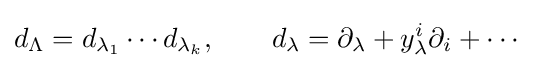
d_{\Lambda }=d_{\lambda _{1}}\cdots d_{\lambda _{k}},\qquad d_{\lambda }=\partial _{\lambda }+y_{\lambda }^{i}\partial _{i}+\cdots